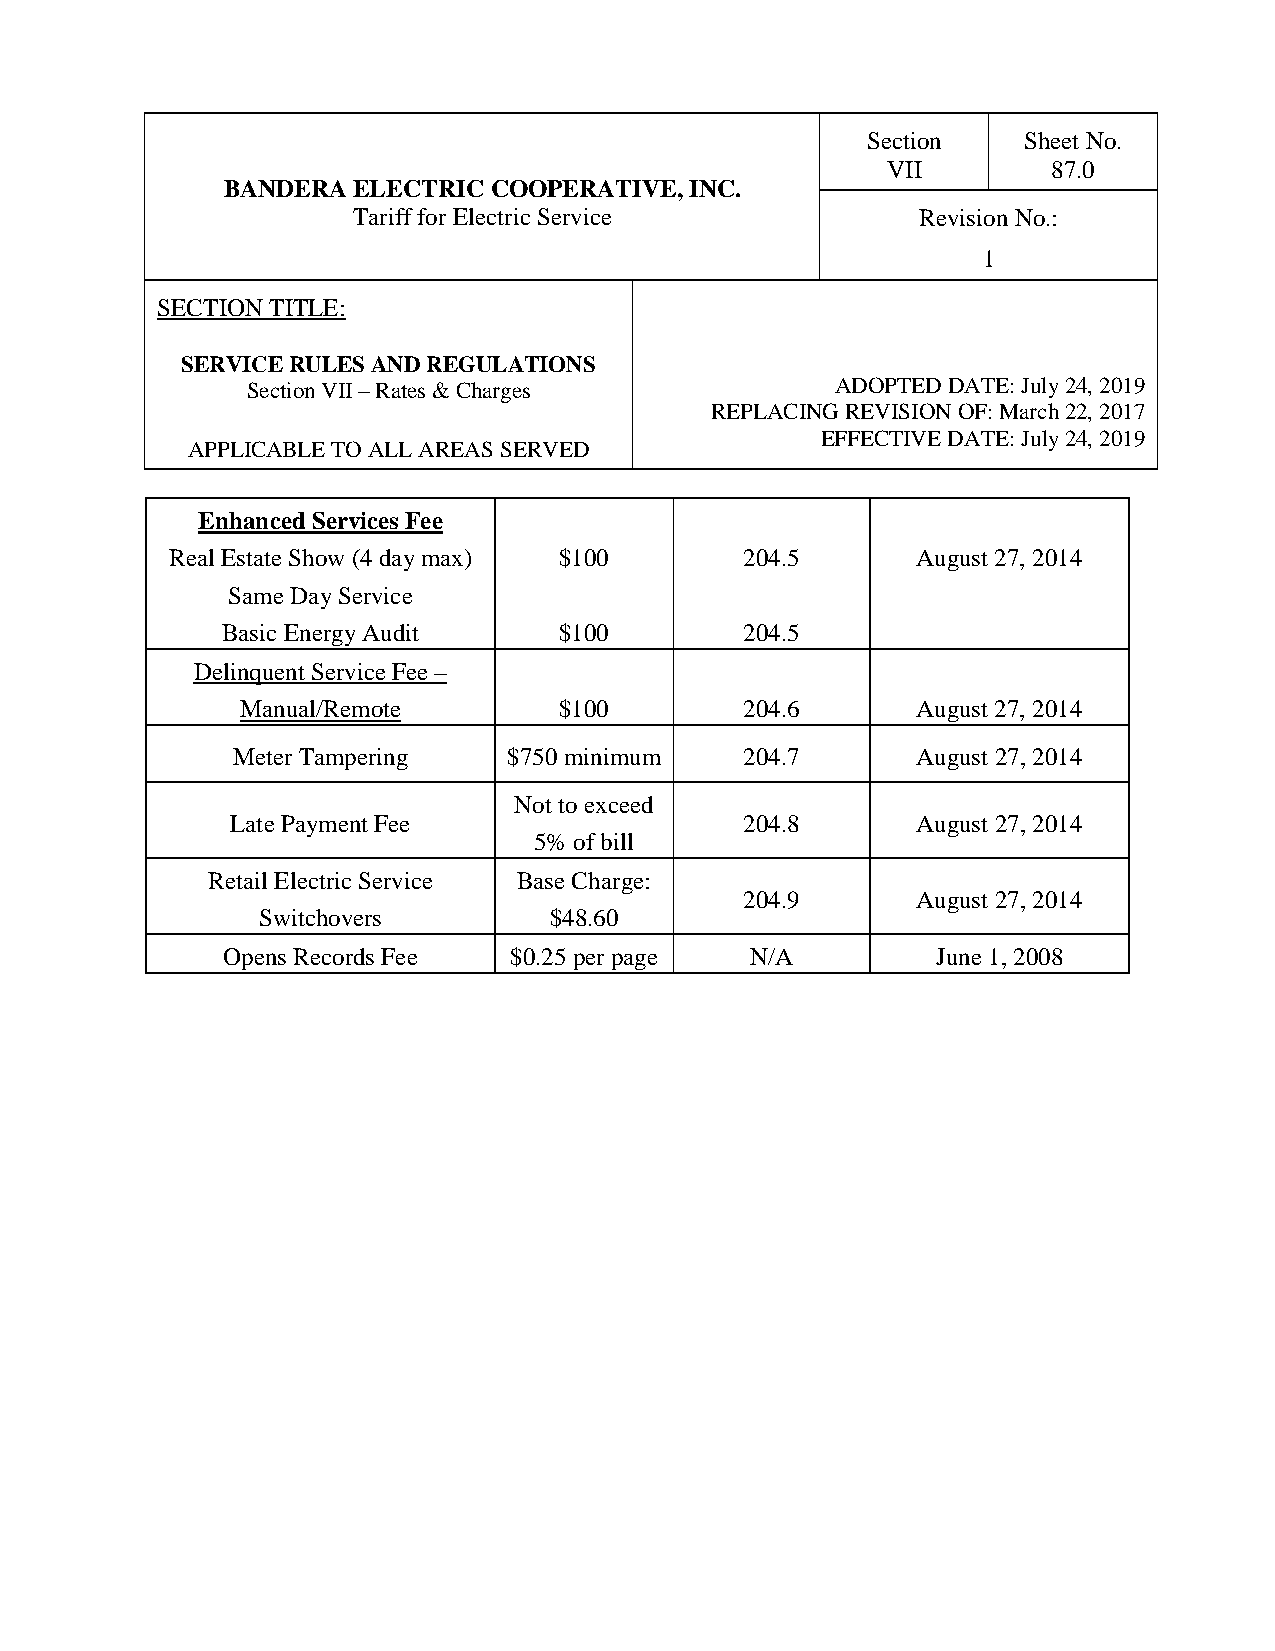
Section    Sheet No.
 VII        87.0
 BANDERA ELECTRIC COOPERATIVE,  INC.
 Tariff for Electric Service           Revision No.:
 1
 SECTION TITLE:
 SERVICE RULES AND REGULATIONS
 Section VII – Rates & Charges          ADOPTED DATE: July 24, 2019
 REPLACING REVISION OF: March 22, 2017
 EFFECTIVE DATE: July 24, 2019
 APPLICABLE TO ALL AREAS SERVED
 Enhanced Services Fee
 Real Estate Show (4 day max) $100     204.5       August 27, 2014
 Same Day Service
 Basic Energy Audit    $100        204.5
 Delinquent Service Fee –
 Manual/Remote        $100        204.6       August 27, 2014
 Meter Tampering    $750 minimum   204.7       August 27, 2014
 Not to exceed
 Late Payment Fee                  204.8       August 27, 2014
 5% of bill
 Retail Electric Service Base Charge:
 204.9       August 27, 2014
 Switchovers        $48.60
 Opens Records Fee  $0.25 per page  N/A         June 1, 2008